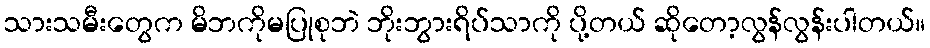
သားသမီးတွေက မိဘကိုမပြုစုဘဲ ဘိုးဘွားရိပ်သာကို ပို့တယ် ဆိုတော့လွန်လွန်းပါတယ်။